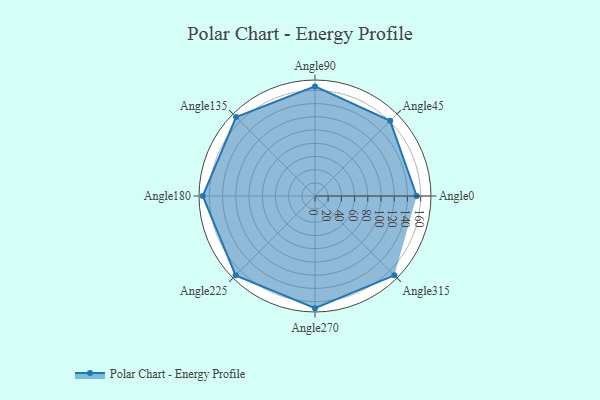
{"axis": {"x": "Angle", "y": "Radius"}, "legend": [""], "data": [{"x": "Angle0", "y": 154.0, "type": ""}, {"x": "Angle45", "y": 161.0, "type": ""}, {"x": "Angle90", "y": 166.0, "type": ""}, {"x": "Angle135", "y": 169.0, "type": ""}, {"x": "Angle180", "y": 170, "type": ""}, {"x": "Angle225", "y": 170, "type": ""}, {"x": "Angle270", "y": 170, "type": ""}, {"x": "Angle315", "y": 170, "type": ""}]}